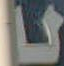
لا